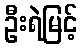
ဦးရဲမြင့်